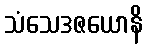
သံသေဒဇယောနိ